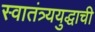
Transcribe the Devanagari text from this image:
स्वातंत्र्ययुद्धाची